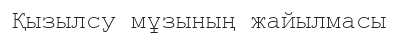
Қызылсу мұзының жайылмасы